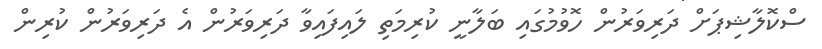
ސްކޮލާޝިޕަށް ދަރިވަރުން ހޮވުމުގައި ބަލާނީ ކުރިމަތި ލައިފައިވާ ދަރިވަރުން އެ ދަރިވަރުން ކުރިން